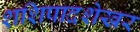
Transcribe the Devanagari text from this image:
शशिपादशेखर